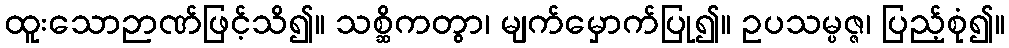
ထူးသောဉာဏ်ဖြင့်သိ၍။ သစ္ဆိကတွာ၊ မျက်မှောက်ပြု၍။ ဥပသမ္ပဇ္ဇ၊ ပြည့်စုံ၍။